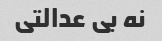
نه بی عدالتی